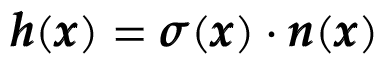
{ \pmb h } ( { \pmb x } ) = { \pmb \sigma } ( { \pmb x } ) \cdot { \pmb n } ( { \pmb x } )